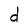
Character: d